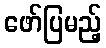
ဖော်ပြမည့်